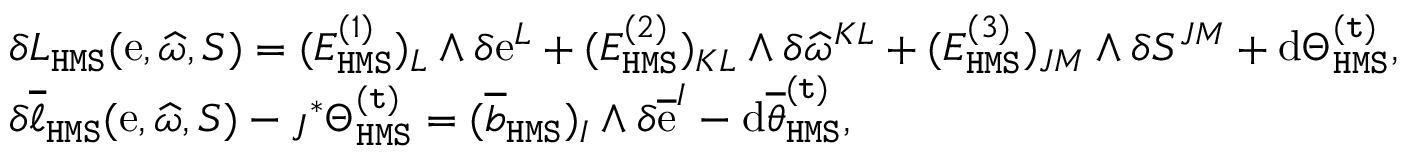
\begin{array} { r l } & { \delta L _ { \mathtt { H M S } } ( \mathrm { e } , \widehat { \omega } , S ) = ( E _ { \mathtt { H M S } } ^ { ( 1 ) } ) _ { L } \wedge \delta \mathrm { e } ^ { L } + ( E _ { \mathtt { H M S } } ^ { ( 2 ) } ) _ { K L } \wedge \delta \widehat { \omega } ^ { K L } + ( E _ { \mathtt { H M S } } ^ { ( 3 ) } ) _ { J M } \wedge \delta S ^ { J M } + \mathrm { d } \Theta _ { \mathtt { H M S } } ^ { \mathtt { ( t ) } } , } \\ & { \delta \overline { { \ell } } _ { \mathtt { H M S } } ( \mathrm { e } , \widehat { \omega } , S ) - \jmath ^ { * } \Theta _ { \mathtt { H M S } } ^ { \mathtt { ( t ) } } = ( \overline { { \mathfrak { b } } } _ { \mathtt { H M S } } ) _ { I } \wedge \delta \overline { { \mathrm { e } } } ^ { I } - \mathrm { d } \overline { { \theta } } _ { \mathtt { H M S } } ^ { \mathtt { ( t ) } } , } \end{array}